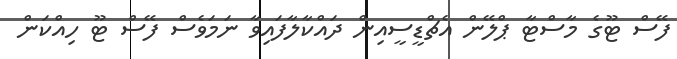
ފޭސް ޓޫގެ މާސްޓާ ޕްލޭން އެޗްޑީސީއިން ދައްކާލާފައިވާ ނަމަވެސް ފޭސް ޓޫ ހިއްކަން